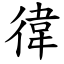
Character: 徫